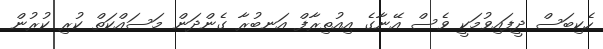
ހެކިބަސް ދީފައިވުމަކީ ވެސް އޭނާގެ އިއުތިރާފް އަނބުރާ ގެންދަން މަސައްކަތް ކުރި ކުރުން